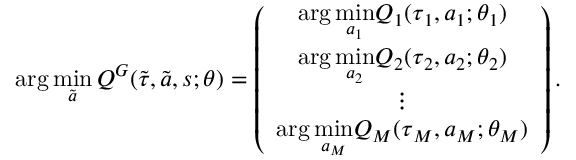
\arg \operatorname* { m i n } _ { \tilde { \boldsymbol { a } } } Q ^ { G } ( \tilde { \boldsymbol { \tau } } , \tilde { \boldsymbol { a } } , \boldsymbol { s } ; \theta ) = \left( \begin{array} { c } { \arg \underset { \boldsymbol { a } _ { 1 } } { \operatorname* { m i n } } Q _ { 1 } ( \boldsymbol { \tau } _ { 1 } , \boldsymbol { a } _ { 1 } ; \theta _ { 1 } ) } \\ { \arg \underset { \boldsymbol { a } _ { 2 } } { \operatorname* { m i n } } Q _ { 2 } ( \boldsymbol { \tau } _ { 2 } , \boldsymbol { a } _ { 2 } ; \theta _ { 2 } ) } \\ { \vdots } \\ { \arg \underset { \boldsymbol { a } _ { M } } { \operatorname* { m i n } } Q _ { M } ( \boldsymbol { \tau } _ { M } , \boldsymbol { a } _ { M } ; \theta _ { M } ) } \end{array} \right) .